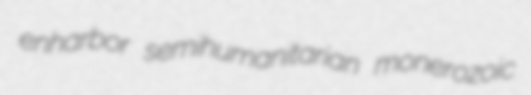
enharbor semihumanitarian monerozoic